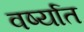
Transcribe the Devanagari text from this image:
वर्ष्यात